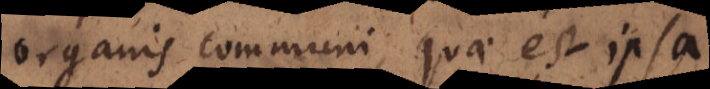
organis communi, quae est ipsa